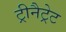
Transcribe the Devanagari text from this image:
ट्रीनैट्रेट